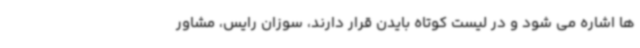
ها اشاره می شود و در لیست کوتاه بایدن قرار دارند، سوزان رایس، مشاور